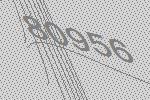
80956